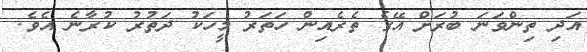
އަދި ތިންވަނަ ބުރަށް އޭގެ ތެރެއިން ހަތަރު މީހަކު ދަތުރު ކުރާނެ އެވެ.